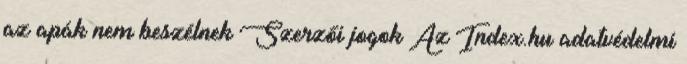
az apák nem beszélnek Szerzői jogok Az Index.hu adatvédelmi